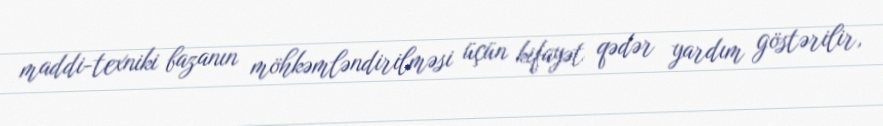
maddi-texniki bazanın möhkəmləndirilməsi üçün kifayət qədər yardım göstərilir,